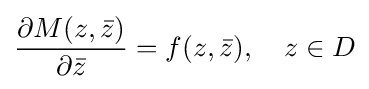
{\frac {\partial M(z,{\bar {z}})}{\partial {\bar {z}}}}=f(z,{\bar {z}}),\quad z\in D